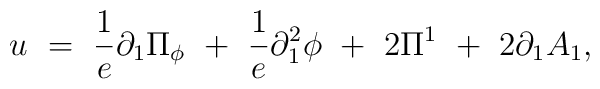
u~= ~\frac{1}{e}\partial_{1}\Pi_{\phi}        ~+~\frac{1}{e} \partial_1^2 \phi		~+~ 2 \Pi^{1}~+~2\partial_{1}A_{1},